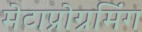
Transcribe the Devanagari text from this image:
मेटाप्रोग्रमिंग